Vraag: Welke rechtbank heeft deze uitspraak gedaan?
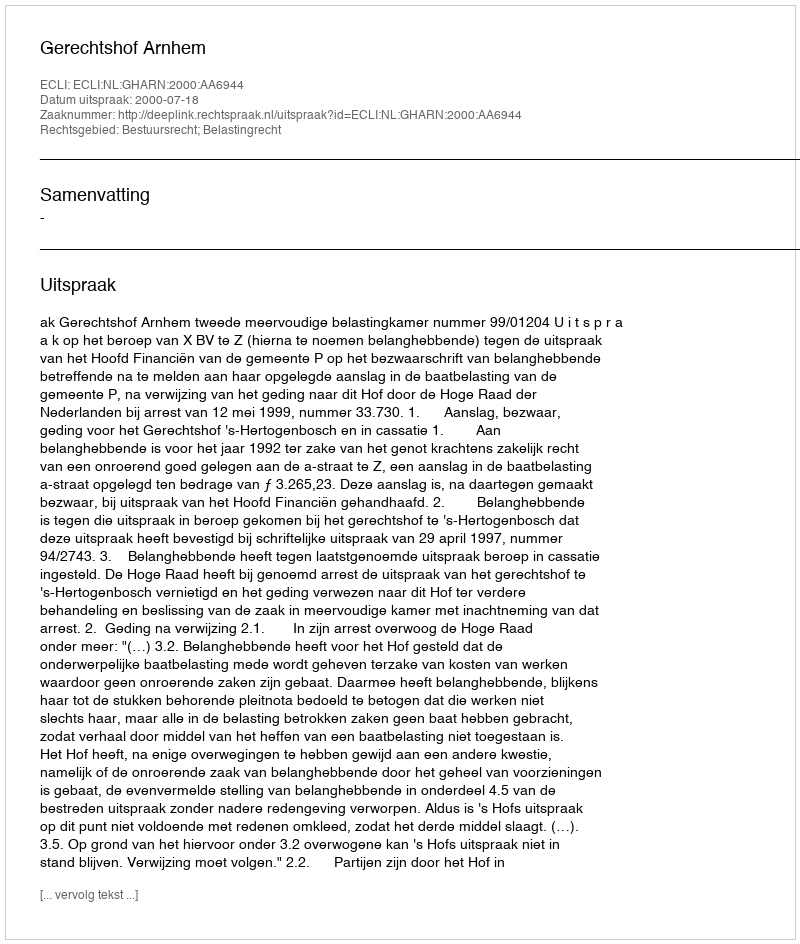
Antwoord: Gerechtshof Arnhem